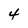
Character: 4